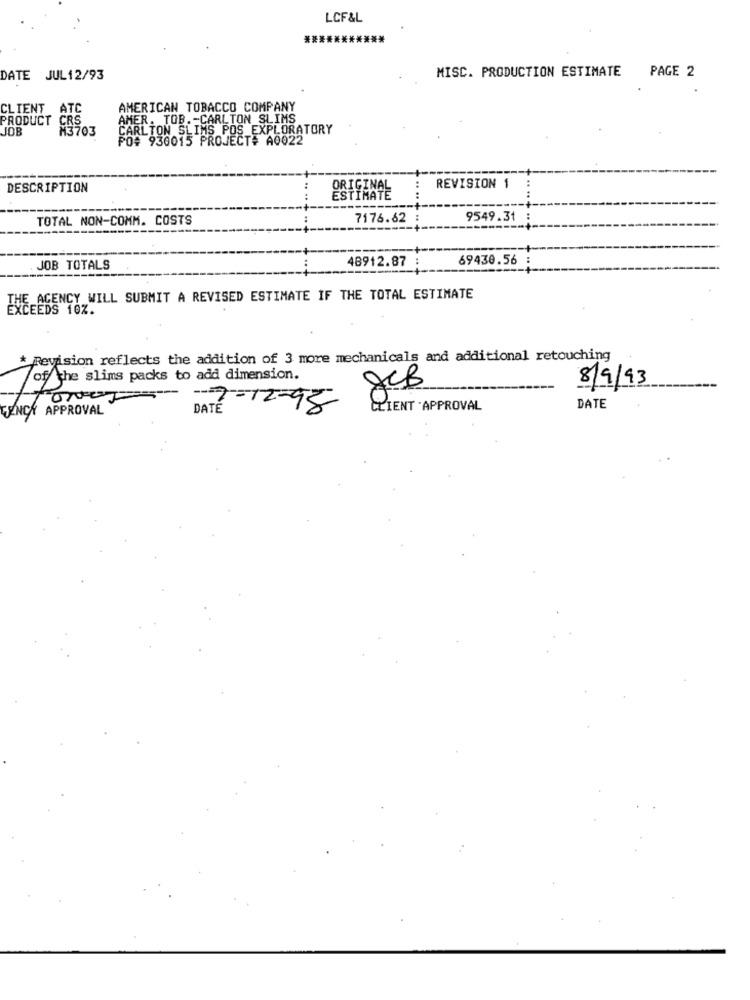
LCF&L
MISC. PRODUCTION ESTIMATE PAGE 2
DATE JUL12/93
CLIENT ATC
AMERICAN TOBACCO COMPANY
PRODUCT
CRS
AMER. TOB. - CARLTON SLIMS
JOB
M3703
CARLTON SLIMS POS EXPLORATORY
PO# 930015 PROJECT# A0022
DESCRIPTION
ORIGINAL
REVISION 1
TOTAL NON-COMM. COSTS
7176.62
9549.31
48912.87
69430.56
JOB TOTALS
THE AGENCY WILL SUBMIT A REVISED ESTIMATE IF THE TOTAL ESTIMATE
EXCEEDS 10%.
Revision reflects the addition of 3 more mechanicals and additional retouching
of the slims packs to add dimension.
8/9/93
DATE
ENCK APPROVAL
DATE
7-12-95
CLIENT . APPROVAL